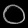
Digit: ၀